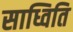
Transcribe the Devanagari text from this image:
साध्विति